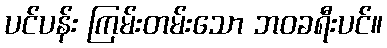
ပင်ပန်း ကြမ်းတမ်းသော ဘဝခရီးပင်။